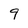
Character: 9